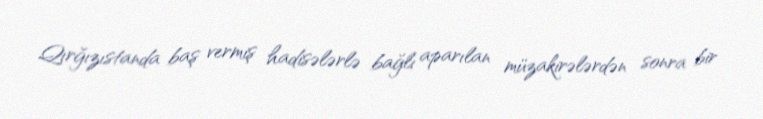
Qırğızıstanda baş vermiş hadisələrlə bağlı aparılan müzakirələrdən sonra bir